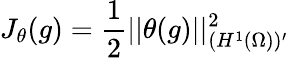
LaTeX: J_{\theta}(g)=\frac{1}{2}||\theta(g)||_{(H^{1}(\Omega))^{\prime}}^{2}